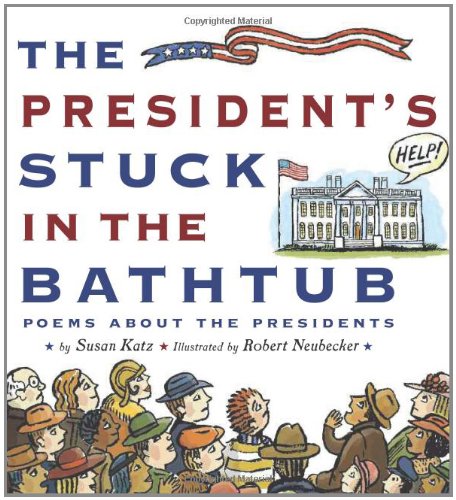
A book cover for The President's Stuck in the Bathtub: Poems About the Presidents; Susan Katz; Children's Books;